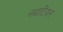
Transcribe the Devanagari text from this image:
नबाटियन